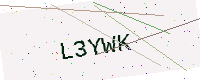
Text: L3YWK